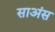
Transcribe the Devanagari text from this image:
साअंस